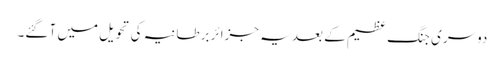
دوسری جنگ عظیم کے بعد یہ جزائر برطانیہ کی تحویل میں آ گئے۔